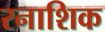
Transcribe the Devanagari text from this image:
रनाशिक